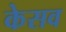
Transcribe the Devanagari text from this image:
केसव